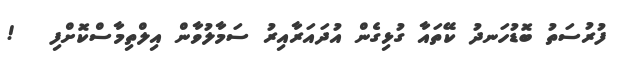
ފުރުސަތު ބޮޑުހަނދު ކޭތައާ ގުޅިގެން އުދައަރާއިރު ސަމާލުވާން އިލްތިމާސްކޮށްފި   !